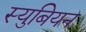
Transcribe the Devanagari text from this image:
स्युबियन